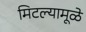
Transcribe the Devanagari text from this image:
मिटल्यामूळे